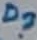
Text: D?